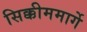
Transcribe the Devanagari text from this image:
सिक्कीममार्गे